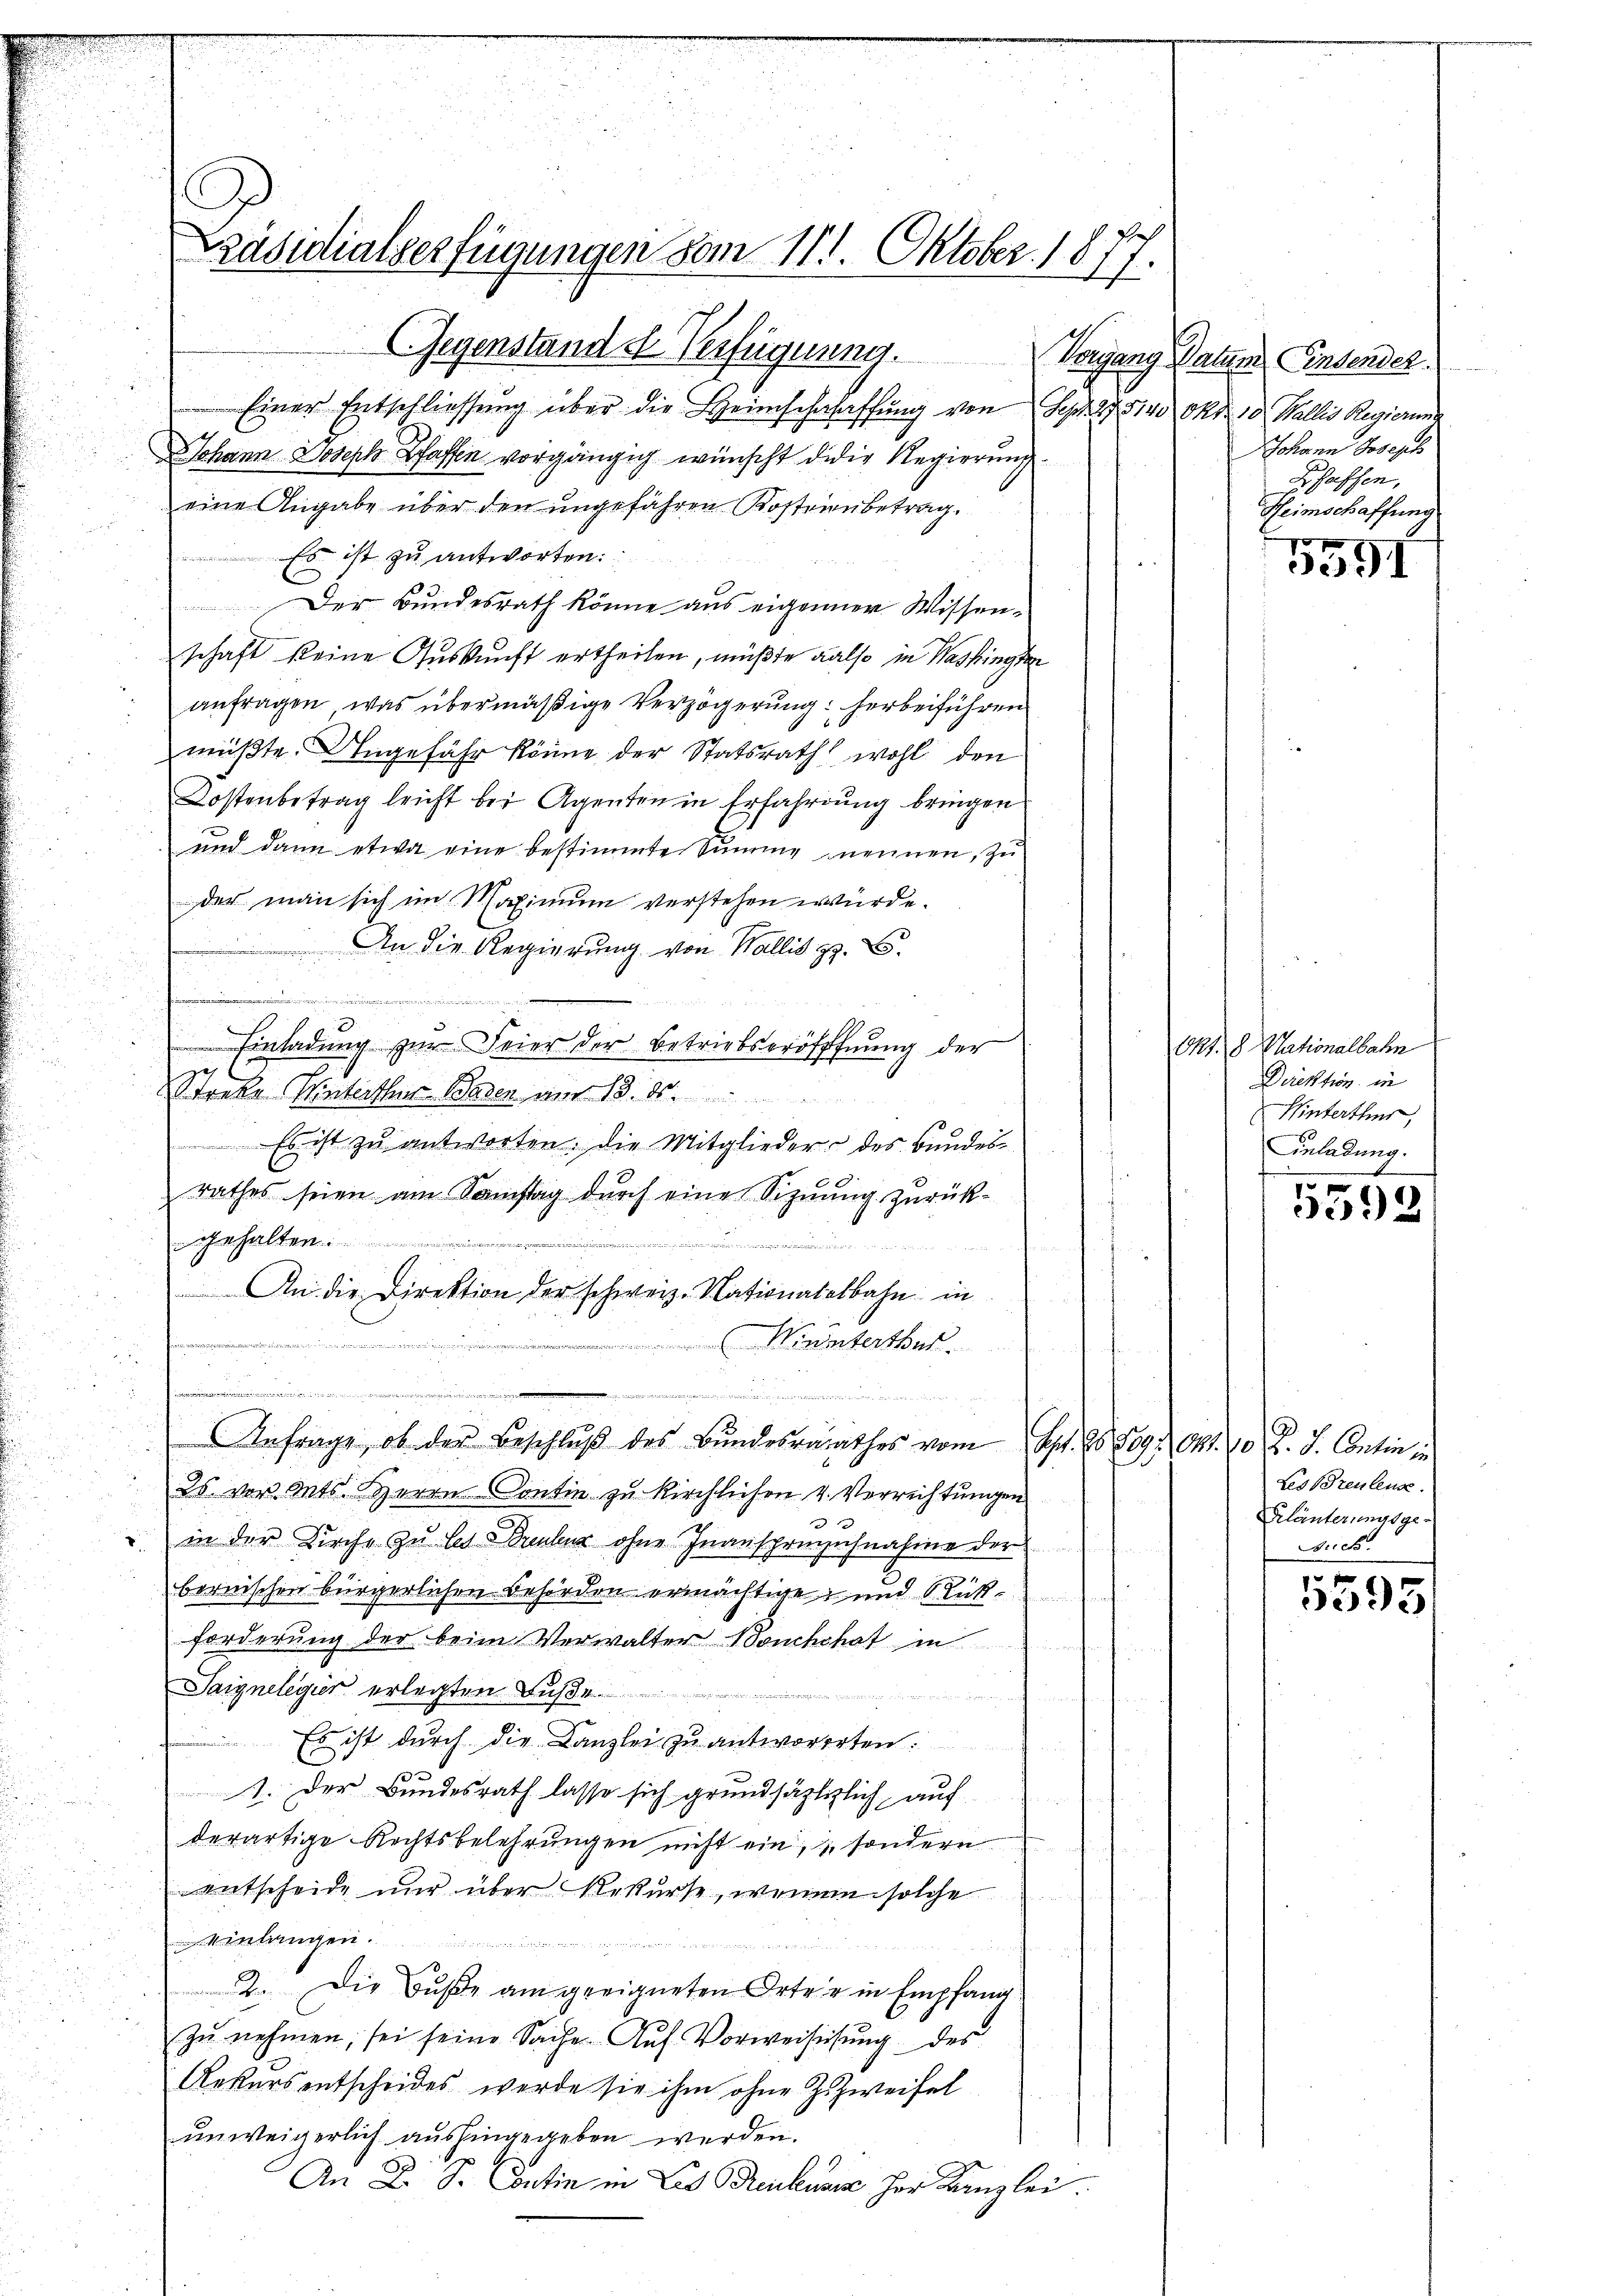
Präsidialverfügungen vom 111. Oktober 1877.

Gegenstande Verfügung.
Einer Entschliessŭng über die Heimschafaffŭng von Sept. 27. 514. Okt. 10. Wallis Regierung
Johann Joseph Pfaffen vorgängig wünscht der Regierung.
eine Angabe über den ungefähren Kosteinbetrag.
Es ist zu antworten.
Der Bundesrath könne aus eigenner Wissen-
schaft keine Auskunft ertheilen, müßte also in Washingten
anfragen, was übermäßige Verzögerung: herbeiführen
müßte. Angefähr könne der Statsrath wohl den
Kostenbetrag leicht bei Agenten in Erfahrung bringen
und dann etwa eine bestimmte Summe nennen, zu
der man sich im Maximum verstehen würde.
An die Regierung von Wallis z. B.

 1 Br 225 f 22 23 die die er, u
i
 Einladŭng zŭr Feier der Betriebseröfffnŭng der
Streke Winterthur Baden am 13. ds.
Es ist zŭ antworten. Die Mitglieder des Bundes-
rathes seien am Samstag durch eine Sizuung zurückgehalten.
t
s
An die Direktion der schweiz. Nationatelbahn in
,
Winterthur.
u
 in der

Anfrage, ob der Beschlŭβ des Bŭndesrathes vom Spt. 85809. Okt. 10 K. J. Contin i
25. vor. Mts. Herrn Contin zu Kirchlichen 4. Verrichtungen
in der Kirche zu les Tauber ohne Inansprinzichnahme der
bernischen bürgerlichen Behörden ermächtige, und Rückforderung der beim Verwalter Bouchchat in
Saignelegier erlegten Fuße

Es ist durch die Kanzlei zu antworteten.
1. Der Bundesrath lasse sich grundsäzliglich auf
derartige Rechtsbelehrŭngen nicht ein, sondern
entscheide nur über Rekurse, wennen solche
4 erlangen.

2. Die Buße am geeigneten Orter in Empfang
zu nehmen, sei seine Sache Auf Vorweisung des
Rekurs entscheides werde sie ihm ohne Zweifel
unweigerlich aushingegeben werden.
An D. S. Contin in Les Reulusi her Kanzlei.

Vorgang Datum indender.
Johann Joseph
Bhassen,
Heimschaffung

x
3591

Okt. 8. Nationalbahn
Direktion in
Winterthur,
Inladung.

f
592

Les Breutend.
Erläuterungsge¬
Frick.

x
3593/